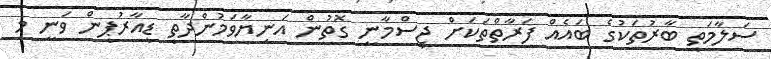
ސަލާމަތީ ބާރުތަކުގެ ބައެއް ފަރާތްތަކަށް ޖިސްމާނީ ގޮތުން އަނިޔާވަމުންދާތީ ޑީއާރުޕީން ވަނީ މި